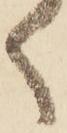
く